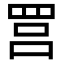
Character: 𦊼